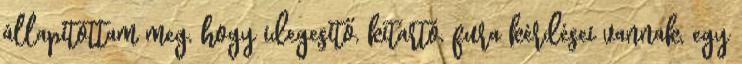
állapítottam meg, hogy idegesítő, kitartó, fura kérdései vannak, egy